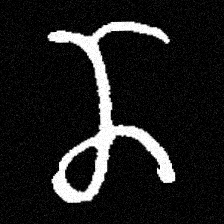
Pyu character \u2014 Myanmar letter: ဏ (romanized: nna)